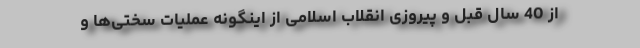
از 40 سال قبل و پیروزی انقلاب اسلامی از اینگونه عملیات سختی‌ها و